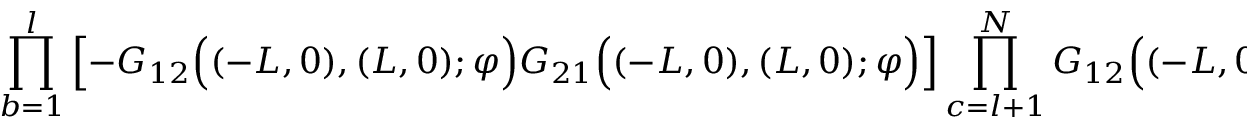
\prod _ { b = 1 } ^ { l } \left[ - G _ { 1 2 } \Big ( ( - L , 0 ) , ( L , 0 ) ; \varphi \Big ) G _ { 2 1 } \Big ( ( - L , 0 ) , ( L , 0 ) ; \varphi \Big ) \right] \prod _ { c = l + 1 } ^ { N } G _ { 1 2 } \Big ( ( - L , 0 ) , ( L , 0 ) ; \varphi \Big )